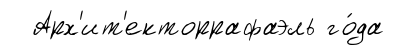
Арх'ит'екторрафаэль го́да